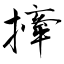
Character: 撁